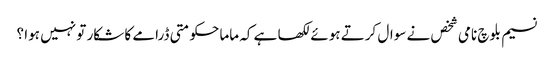
نسیم بلوچ نامی شخص نے سوال کرتے ہوئے لکھا ہے کہ ماما حکومتی ڈرامے کا شکار تو نہیں ہوا ؟